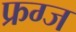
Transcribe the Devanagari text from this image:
फ्रग्ज